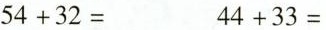
$$5 4 + 3 2 =$$ $$4 4 + 3 3 =$$